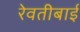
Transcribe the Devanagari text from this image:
रेवतीबाई